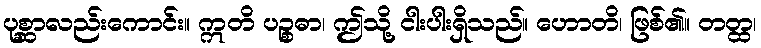
ပုစ္ဆာလည်းကောင်း။ ဣတိ ပဉ္စဓာ၊ ဤသို့ ငါးပါးရှိသည်။ ဟောတိ၊ ဖြစ်၏။ တတ္ထ၊